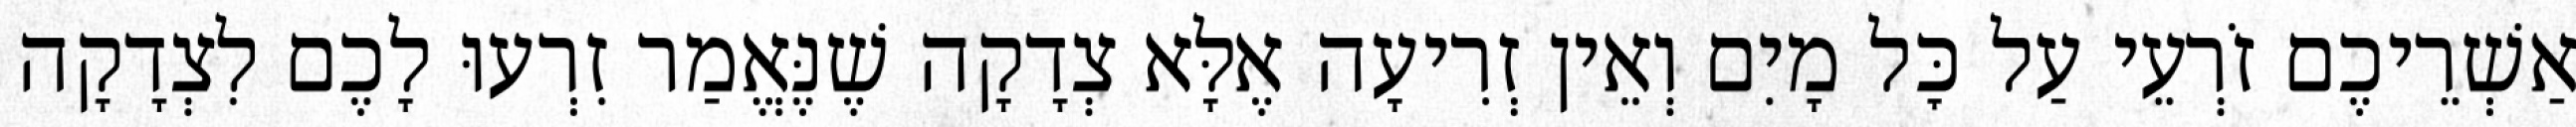
אַשְׁרֵיכֶם זֹרְעֵי עַל כׇּל מָיִם וְאֵין זְרִיעָה אֶלָּא צְדָקָה שֶׁנֶּאֱמַר זִרְעוּ לָכֶם לִצְדָקָה